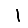
Digit: 1